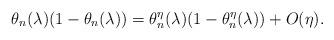
LaTeX: \begin{align*}\theta_n(\lambda)(1-\theta_n(\lambda)) = \theta_n^{\eta}(\lambda)(1-\theta^{\eta}_n(\lambda))+O(\eta).\end{align*}